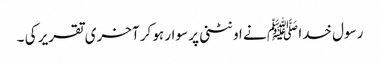
رسول خدا ﷺ نے اونٹنی پر سوار ہو کر آخری تقریر کی ۔